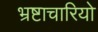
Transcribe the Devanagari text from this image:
भ्रष्टाचारियो